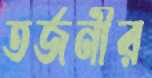
তর্জনীর